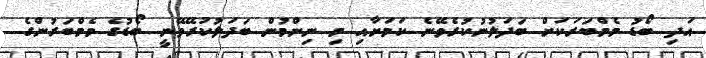
އަދި ބޯޑު މެމްބަރަކަށް ބަދަލުނުކުރެވޭނެ ކަމަށާއި މި ނިންމުން ބަދަލުކުރޭވޭނީ ބޯޑުގެ މެމްބަރުންގެ